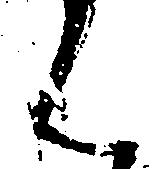
ん